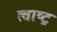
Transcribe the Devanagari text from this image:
त्वाष्ट्र